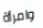
وامرأة